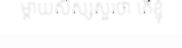
ម្តាយសិស្សសួរថា តើខ្ញុំ